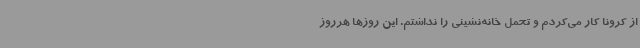
از کرونا کار می‌کردم و تحمل خانه‌نشینی را نداشتم. این روزها هرروز